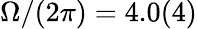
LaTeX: \Omega/(2\pi)=4.0(4)